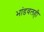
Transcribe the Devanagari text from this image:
भांडवलही